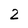
Character: 2